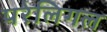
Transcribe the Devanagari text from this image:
परेलिगल